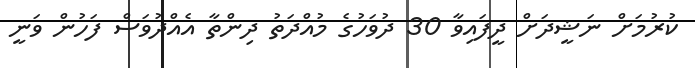
ކުރުމަށް ނަޝީދަށް ދީފައިވާ 30 ދުވަހުގެ މުއްދަތު ދިންތާ އެއްދުވަސް ފަހުން ވަނީ